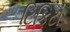
ટિકિટો